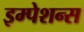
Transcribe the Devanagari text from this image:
इम्पेशन्स